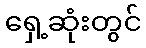
ရှေ့ဆုံးတွင်